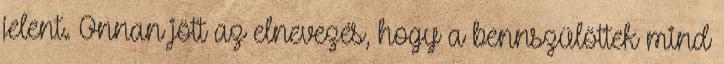
jelent. Onnan jött az elnevezés, hogy a bennszülöttek mind